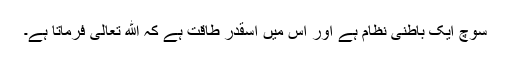
سوچ ایک باطنی نظام ہے اور اس میں اسقدر طاقت ہے کہ الله تعالی فرماتا ہے۔